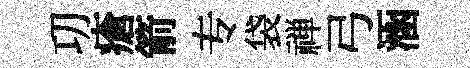
㓛瘡箭专袋禅弓涵